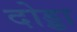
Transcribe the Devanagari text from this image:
दोड्डा